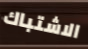
الاشتباك